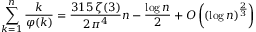
\sum _ { k = 1 } ^ { n } { \frac { k } { \varphi ( k ) } } = { \frac { 3 1 5 \, \zeta ( 3 ) } { 2 \pi ^ { 4 } } } n - { \frac { \log n } { 2 } } + O \left( ( \log n ) ^ { \frac { 2 } { 3 } } \right)